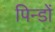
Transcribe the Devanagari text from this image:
पिन्डों